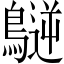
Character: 𪄧